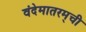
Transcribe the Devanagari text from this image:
वंदेमातरम्‌ची